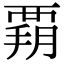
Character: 𧟳